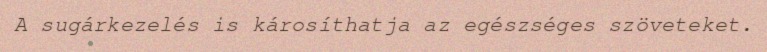
A sugárkezelés is károsíthatja az egészséges szöveteket.